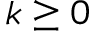
k \geq 0